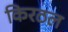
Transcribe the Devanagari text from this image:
किरठल